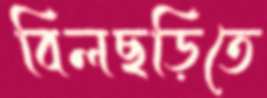
বিলছড়িতে